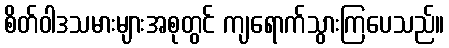
စိတ်ဝါဒသမားများအစုတွင် ကျရောက်သွားကြပေသည်။